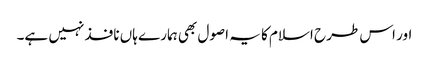
اور اس طرح اسلام کا یہ اصول بھی ہمارے ہاں نافذ نہیں ہے۔